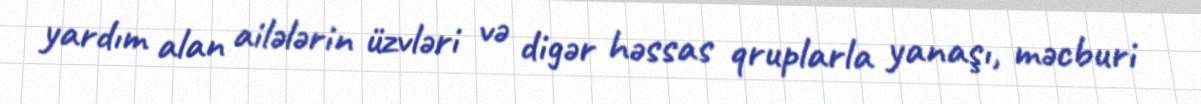
yardım alan ailələrin üzvləri və digər həssas qruplarla yanaşı, məcburi